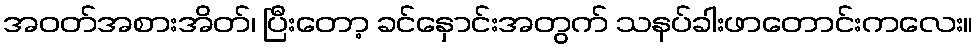
အဝတ်အစားအိတ်၊ ပြီးတော့ ခင်နှောင်းအတွက် သနပ်ခါးဖာတောင်းကလေး။